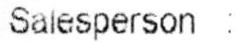
SALESPERSON :